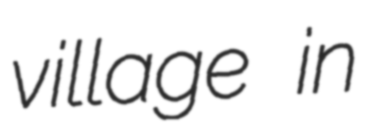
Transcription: village in